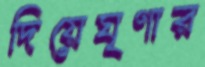
দিয়েঘৃণার